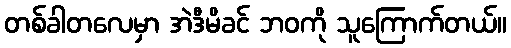
တစ်ခါတလေမှာ အဲဒီမိခင် ဘဝကို သူကြောက်တယ်။